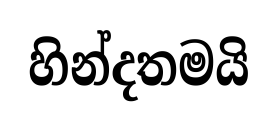
හින්දතමයි